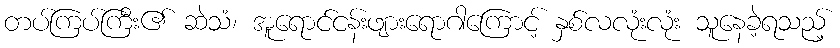
တပ်ကြပ်ကြီး၏ ဆဲသံ၊ အူရောင်ငန်းဖျားရောဂါကြောင့် နှစ်လလုံးလုံး သူနေခဲ့ရသည့်